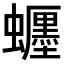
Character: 𧔹